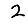
Digit: 2